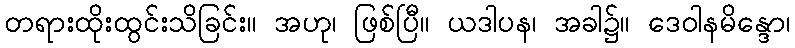
တရားထိုးထွင်းသိခြင်း။ အဟု၊ ဖြစ်ပြီ။ ယဒါပန၊ အခါ၌။ ဒေဝါနမိန္ဒော၊